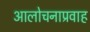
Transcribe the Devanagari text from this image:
आलोचनाप्रवाह